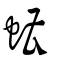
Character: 螬